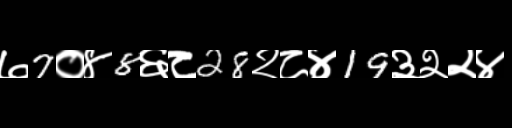
Text: ७7०४8६८28२८४19३२२४